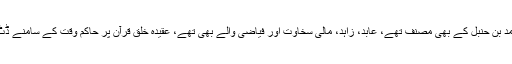
مسنداحمد بن حنبل کے بھی مصنف تھے، عابد، زاہد، مالی سخاوت اور فیاضی والے بھی تھے، عقیدہ خلق قرآن پر حاکم وقت کے سامنے ڈٹ گئے۔